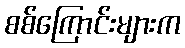
စစ်ကြောင်းများက